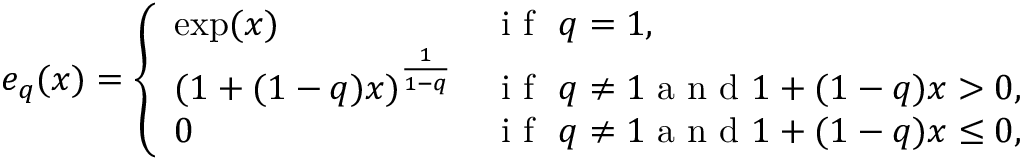
e _ { q } ( x ) = \left\{ \begin{array} { l l } { \exp ( x ) } & { \textrm { i f } \ q = 1 , } \\ { ( 1 + ( 1 - q ) x ) ^ { \frac { 1 } { 1 - q } } } & { \textrm { i f } \ q \neq 1 \mathrm { ~ a ~ n ~ d ~ } 1 + ( 1 - q ) x > 0 , } \\ { 0 } & { \textrm { i f } \ q \neq 1 \mathrm { ~ a ~ n ~ d ~ } 1 + ( 1 - q ) x \leq 0 , } \end{array} \right.